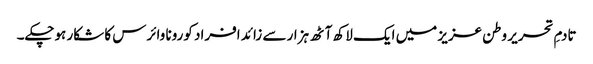
تادمِ تحریر وطن عزیز میں ایک لاکھ آٹھ ہزار سے زائد افراد کورونا وائرس کا شکار ہوچکے۔